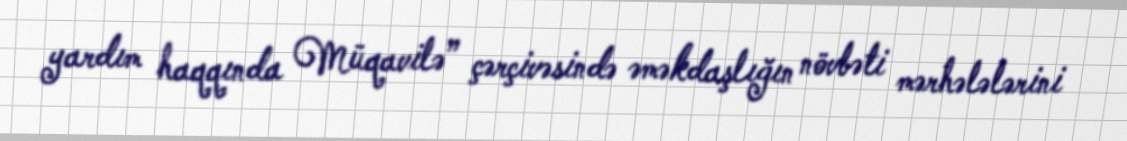
yardım haqqında Müqavilə” çərçivəsində əməkdaşlığın növbəti mərhələlərini